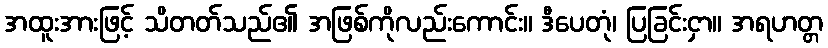
အထူးအားဖြင့် သိတတ်သည်၏ အဖြစ်ကိုလည်းကောင်း။ ဒီပေတုံ၊ ပြခြင်းငှာ။ အရဟတ္တ